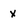
Character: x